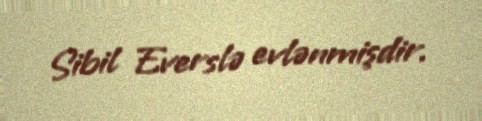
Sibil Everslə evlənmişdir.